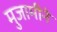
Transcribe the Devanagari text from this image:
मुजामीने